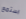
استمع